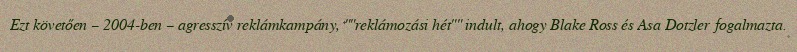
Ezt követően – 2004-ben – agresszív reklámkampány, ""reklámozási hét"" indult, ahogy Blake Ross és Asa Dotzler fogalmazta.